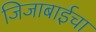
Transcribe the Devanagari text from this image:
जिजाबाईचा